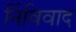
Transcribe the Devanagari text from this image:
र्निविवाद